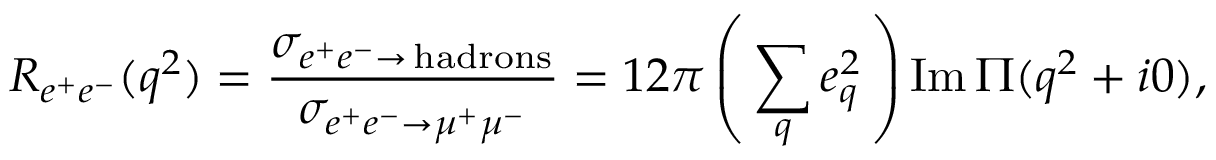
R _ { e ^ { + } e ^ { - } } ( q ^ { 2 } ) = \frac { \sigma _ { e ^ { + } e ^ { - } \to \, \mathrm { h a d r o n s } } } { \sigma _ { e ^ { + } e ^ { - } \to \mu ^ { + } \mu ^ { - } } } = 1 2 \pi \left( \, \sum _ { q } e _ { q } ^ { 2 } \, \right) \mathrm { I m } \, \Pi ( q ^ { 2 } + i 0 ) ,